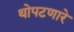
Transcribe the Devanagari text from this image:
थोपटणारे